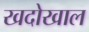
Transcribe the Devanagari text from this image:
खदोखाल